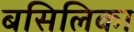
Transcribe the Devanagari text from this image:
बसिलिका